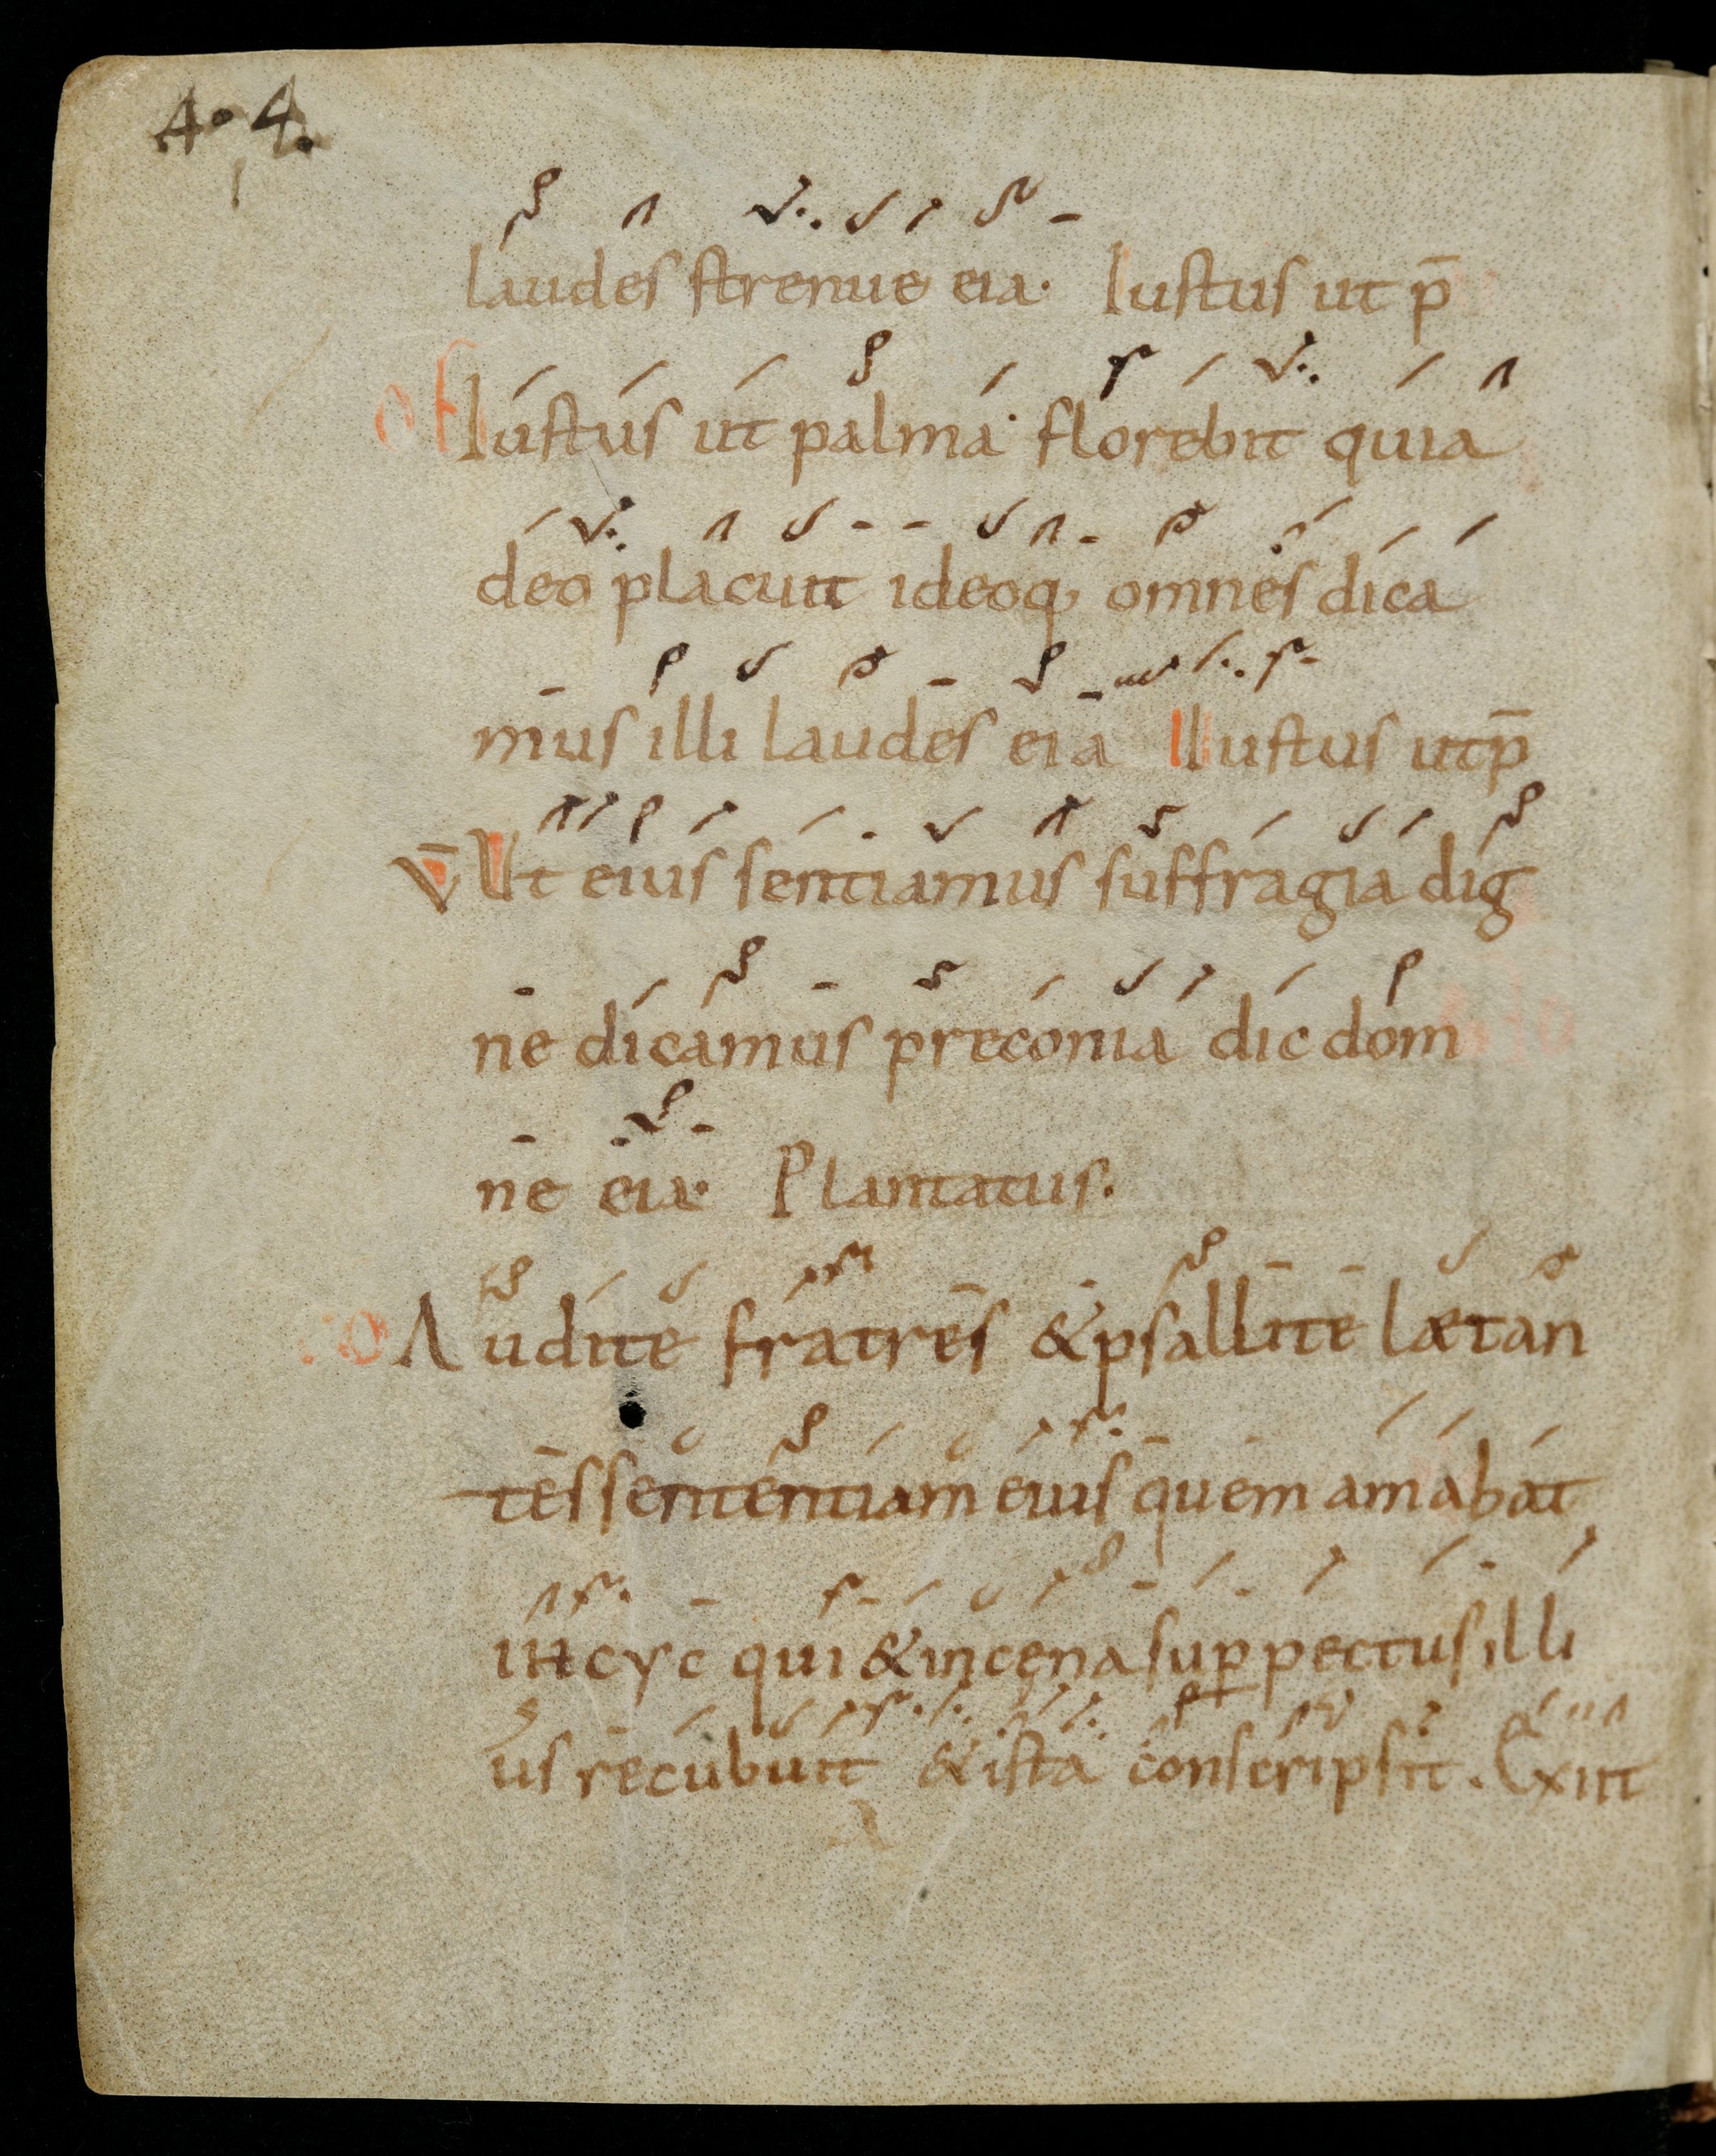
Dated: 900–999